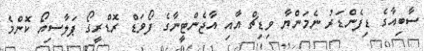
ސާބިއާގެ ޑިފެންޑަރު ނެމަންޔާ ވިޑިޗް އާއި އާޖެންޓީނާގެ ފޯވަޑް ރޮޑްރީގޯ ޕަލާސިއޯ ކޮންމެ